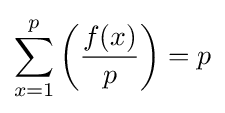
\sum \limits _{x=1}^{p}\left({\frac {f(x)}{p}}\right)=p